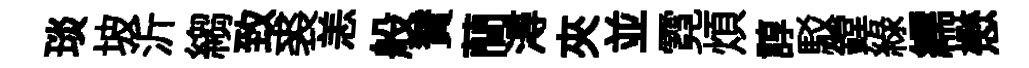
琰坡沂縐致裘恙般賛蕳潯夾並霓煩諄駁鏜緑繻懋